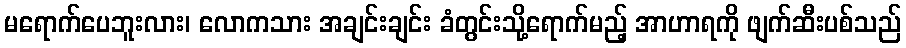
မရောက်ပေဘူးလား၊ လောကသား အချင်းချင်း ခံတွင်းသို့ရောက်မည့် အာဟာရကို ဖျက်ဆီးပစ်သည်